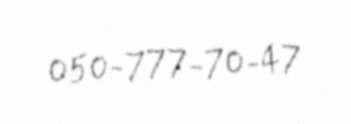
050-777-70-47